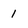
Character: 1